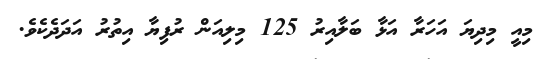
މިއީ މިދިޔަ އަހަރާ އަޅާ ބަލާއިރު 125 މިލިއަން ރުފިޔާ އިތުރު އަދަދެކެވެ.